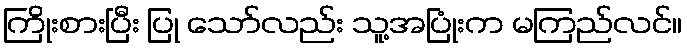
ကြိုးစားပြီး ပြု သော်လည်း သူ့အပြုံးက မကြည်လင်။